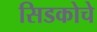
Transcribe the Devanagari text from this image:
सिडकोचे